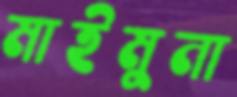
মাইমুনা